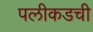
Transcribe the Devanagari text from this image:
पलीकडची